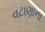
વટાણાના